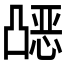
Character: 𰄗